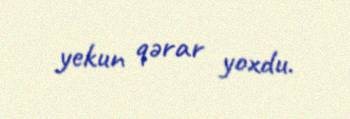
yekun qərar yoxdu.